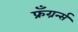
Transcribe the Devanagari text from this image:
फ्रँग्रर्न्स